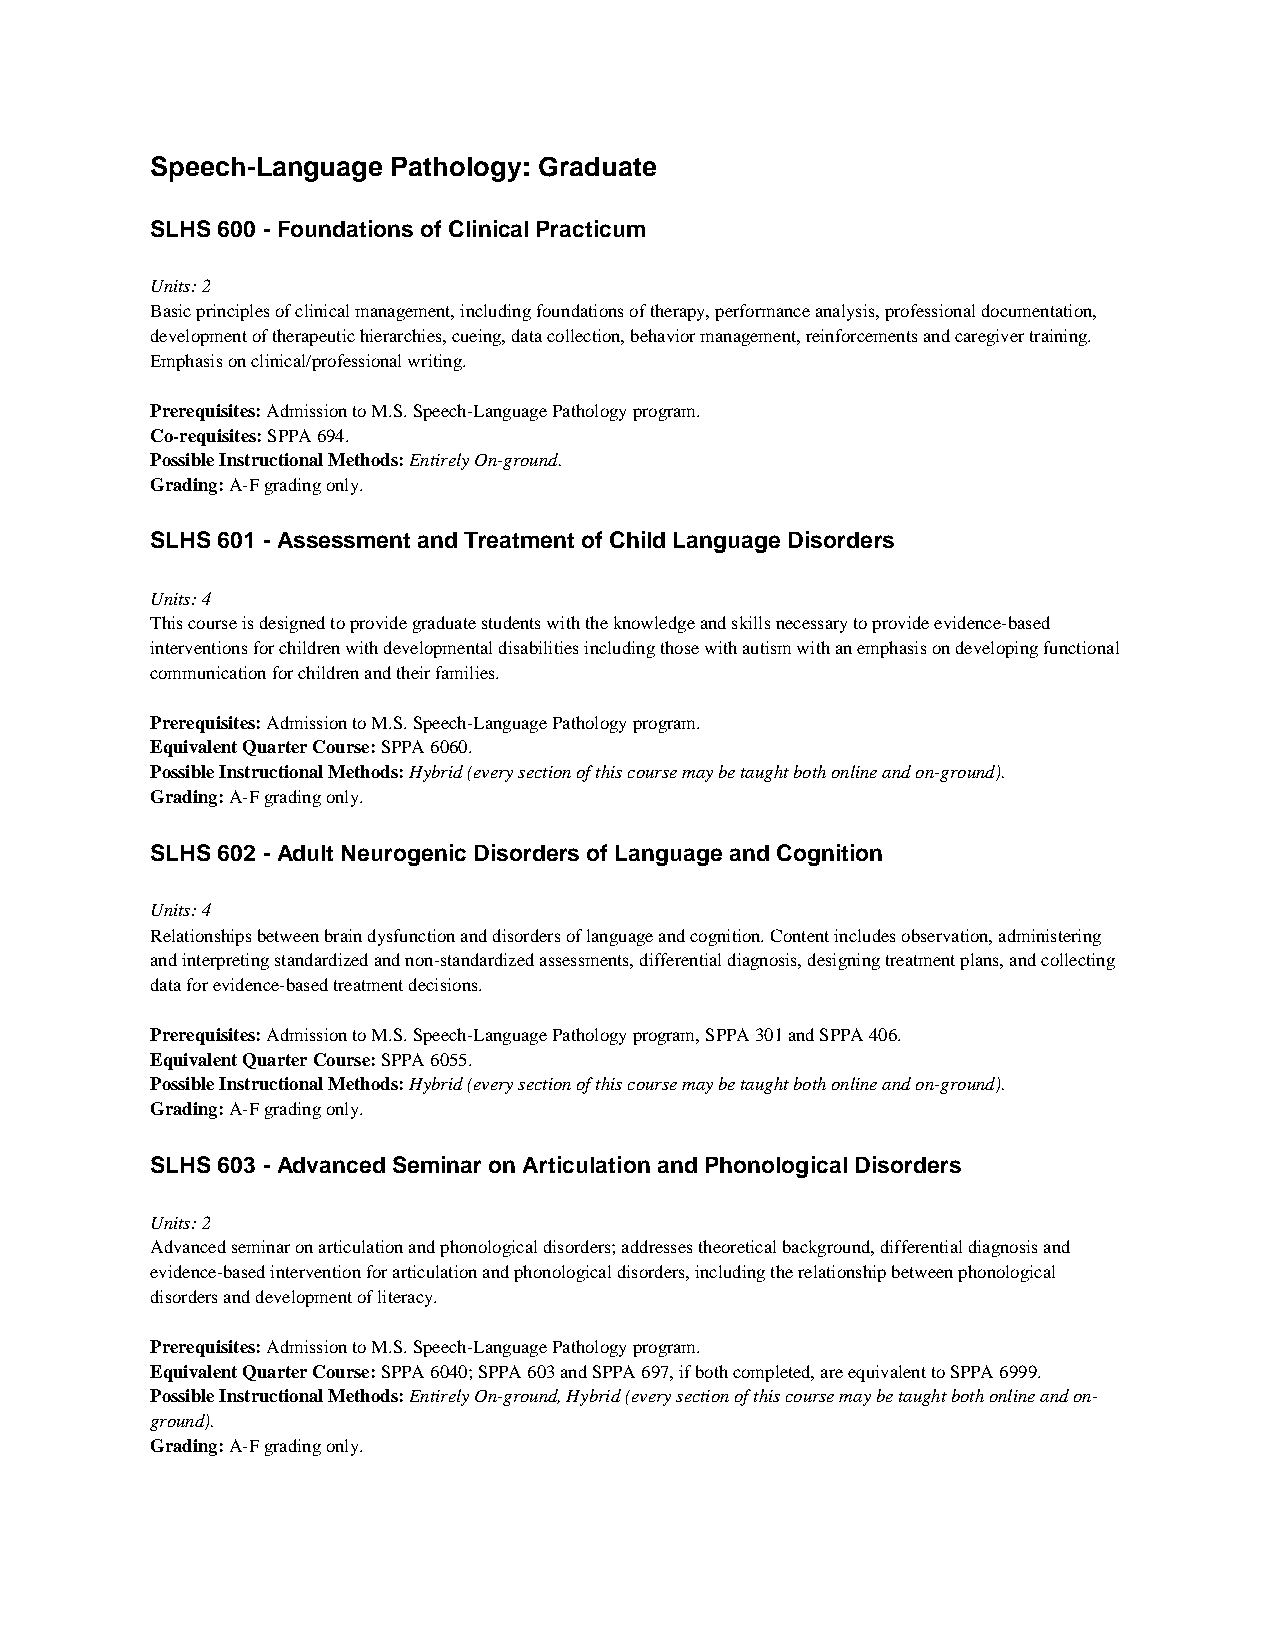
Speech-Language Pathology: Graduate
 SLHS 600 - Foundations of Clinical Practicum
 Units: 2
 Basic principles of clinical management, including foundations of therapy, performance analysis, professional documentation,
 development of therapeutic hierarchies, cueing, data collection, behavior management, reinforcements and caregiver training.
 Emphasis on clinical/professional writing.
 Prerequisites: Admission to M.S. Speech-Language Pathology program.
 Co-requisites: SPPA 694.
 Possible Instructional Methods: Entirely On-ground.
 Grading: A-F grading only.
 SLHS 601 - Assessment and Treatment of Child Language Disorders
 Units: 4
 This course is designed to provide graduate students with the knowledge and skills necessary to provide evidence-based
 interventions for children with developmental disabilities including those with autism with an emphasis on developing functional
 communication for children and their families.
 Prerequisites: Admission to M.S. Speech-Language Pathology program.
 Equivalent Quarter Course: SPPA 6060.
 Possible Instructional Methods: Hybrid (every section of this course may be taught both online and on-ground).
 Grading: A-F grading only.
 SLHS 602 - Adult Neurogenic Disorders of Language and Cognition
 Units: 4
 Relationships between brain dysfunction and disorders of language and cognition. Content includes observation, administering
 and interpreting standardized and non-standardized assessments, differential diagnosis, designing treatment plans, and collecting
 data for evidence-based treatment decisions.
 Prerequisites: Admission to M.S. Speech-Language Pathology program, SPPA 301 and SPPA 406.
 Equivalent Quarter Course: SPPA 6055.
 Possible Instructional Methods: Hybrid (every section of this course may be taught both online and on-ground).
 Grading: A-F grading only.
 SLHS 603 - Advanced Seminar on Articulation and Phonological Disorders
 Units: 2
 Advanced seminar on articulation and phonological disorders; addresses theoretical background, differential diagnosis and
 evidence-based intervention for articulation and phonological disorders, including the relationship between phonological
 disorders and development of literacy.
 Prerequisites: Admission to M.S. Speech-Language Pathology program.
 Equivalent Quarter Course: SPPA 6040; SPPA 603 and SPPA 697, if both completed, are equivalent to SPPA 6999.
 Possible Instructional Methods: Entirely On-ground, Hybrid (every section of this course may be taught both online and on-
 ground).
 Grading: A-F grading only.